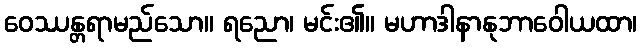
ဝေဿန္တရာမည်သော။ ရညော၊ မင်း၏။ မဟာဒါနာနုဘာဝေါယထာ၊